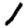
Digit: 1